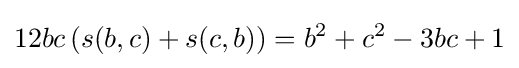
12bc\left(s(b,c)+s(c,b)\right)=b^{2}+c^{2}-3bc+1